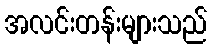
အလင်းတန်းများသည်